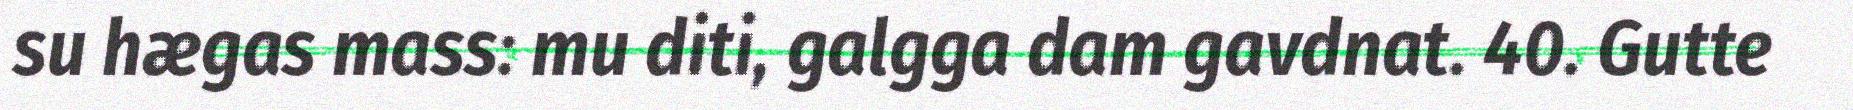
su hægas mass: mu diti, galgga dam gavdnat. 40. Gutte